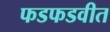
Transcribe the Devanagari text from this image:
फडफडवीत